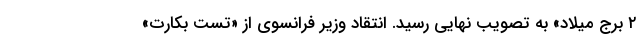
۲ برج میلاد» به تصویب نهایی رسید. انتقاد وزیر فرانسوی از «تست بکارت»